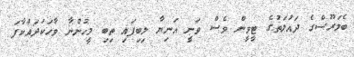
ބެލަރޫސްގެ ދައުލަތުގެ ޓީވީން ވެސް ވަނީ އަނިޔާ ލިބިފައި ތިބި މީހުންނާ ވާހަކަދައްކާފަ